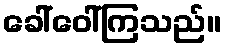
ခေါ်ဝေါ်ကြသည်။